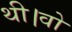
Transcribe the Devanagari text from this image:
थी।वो